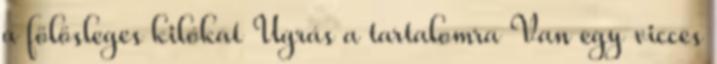
a fölösleges kilókat Ugrás a tartalomra Van egy vicces